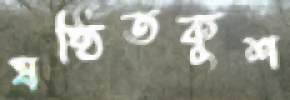
ষষ্ঠিতকুশ